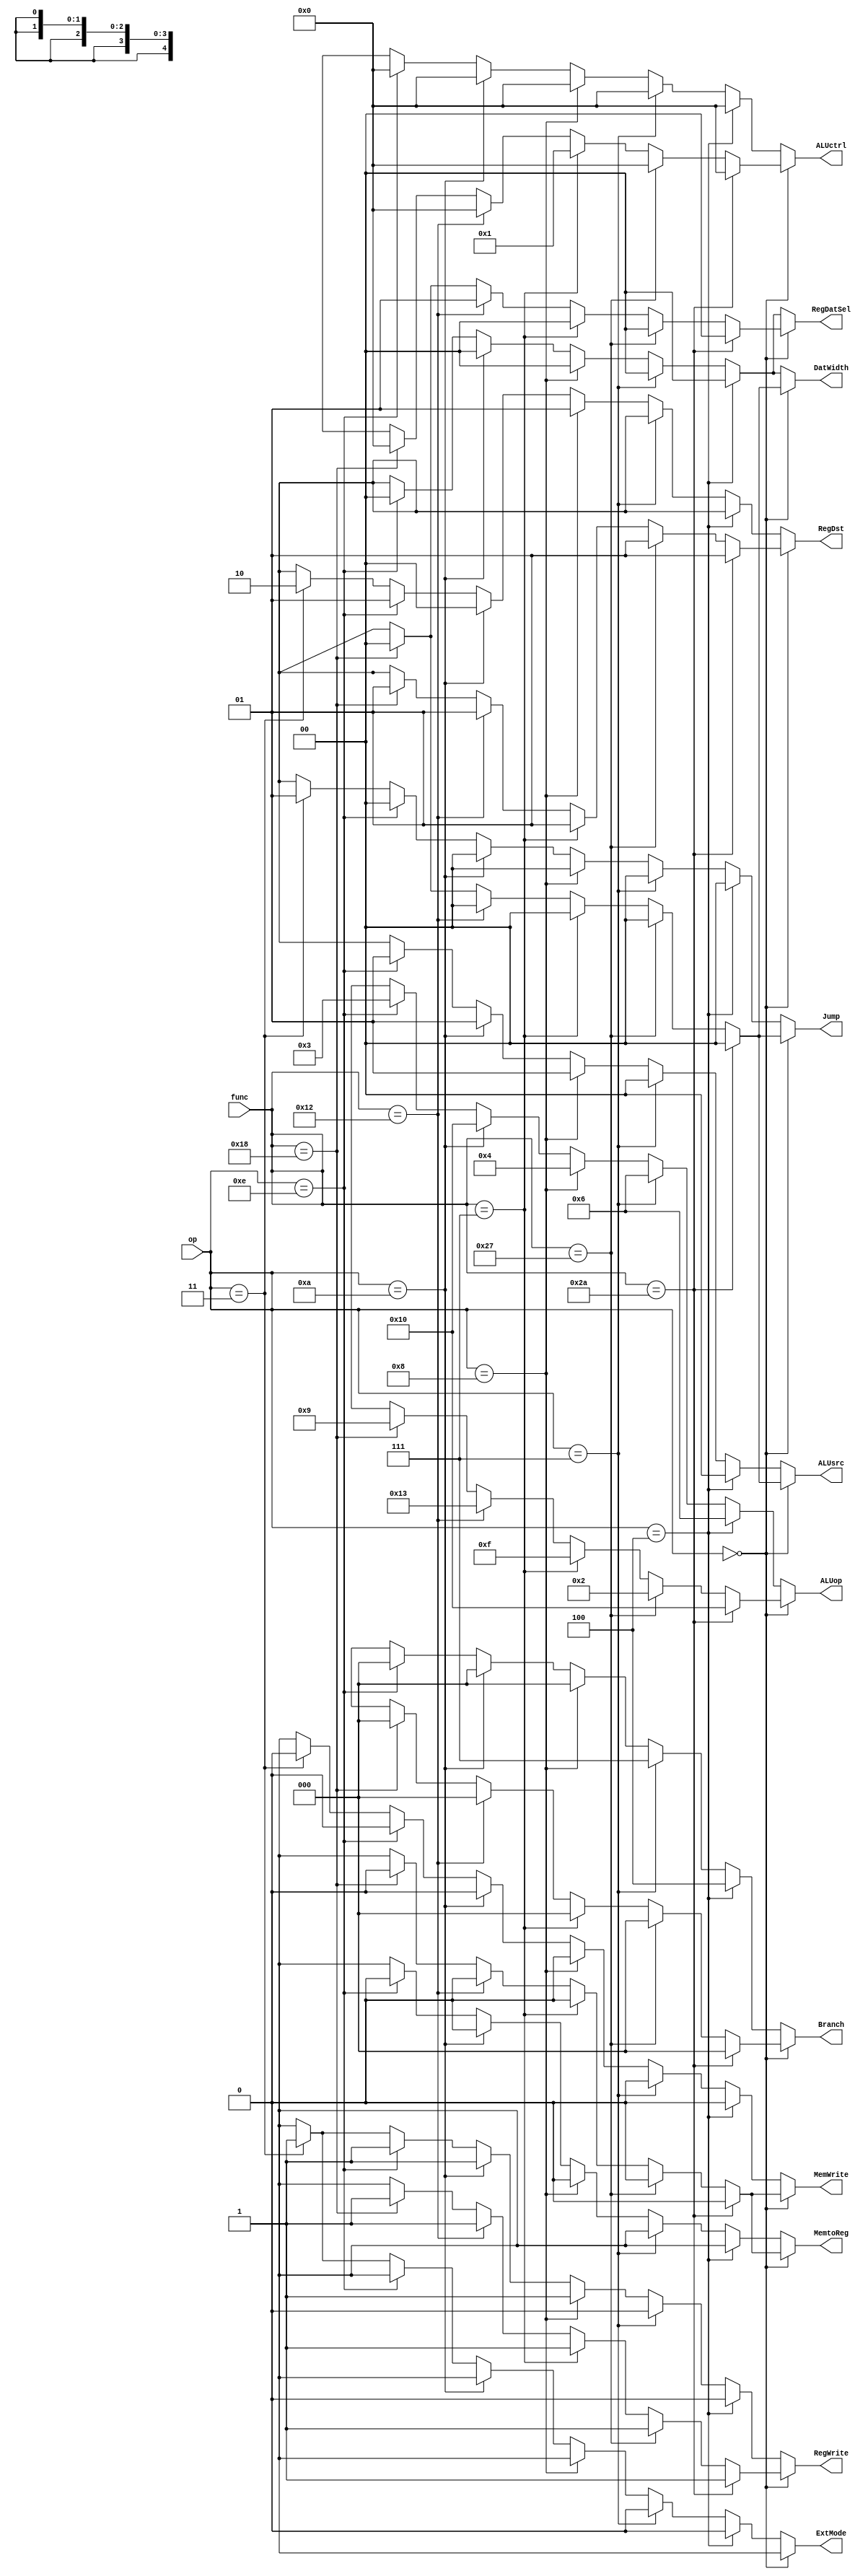
`timescale 1ns / 1ps
//////////////////////////////////////////////////////////////////////////////////
// Company:  KWU
// 
// Module Name:    MyControl 
// Project Name:   Single Cycle Processor
//
// Revision: 
// Additional Comments: 
//
//////////////////////////////////////////////////////////////////////////////////

module MyControl(op,func,RegDst,Jump,Branch,MemtoReg,ALUop,ALUsrc,ALUctrl,MemWrite,DatWidth,RegWrite,RegDatSel,ExtMode);
	input [5:0] op, func;
	output reg MemtoReg, ExtMode, MemWrite, RegWrite;
	output reg [1:0] RegDst, RegDatSel, Jump, DatWidth, ALUsrc;
	output reg [2:0] Branch;
	output reg [4:0] ALUop; 
	output reg [3:0] ALUctrl;

	always@(*) begin
		if(op==6'b000000) begin   // R_TYPE
      if (func==6'b101010) begin    // R-type slt
  			ALUop    = 5'b10000;  
			ALUctrl  = 4'b0000;
			RegDst   = 2'b01;     
			ALUsrc   = 2'b00;
			RegWrite = 1'b1;      
			MemtoReg = 1'b0;    
			MemWrite = 1'b0;      
			DatWidth = 2'b00;
			Jump     = 2'b00;     
			Branch   = 3'b000;    
			RegDatSel= 2'b00;     
			ExtMode  = 1'bx; 
  		end
      else if (func==6'b100111) begin    // R-type nor
  			ALUop    = 5'b00010;  
			ALUctrl  = 4'b0000;
			RegDst   = 2'b01;     
			ALUsrc   = 2'b00;
			RegWrite = 1'b1;     
			MemtoReg = 1'b0;    
			MemWrite = 1'b0;      
			DatWidth = 2'b00;
			Jump     = 2'b00;     
			Branch   = 3'b000;    
			RegDatSel= 2'b00;     
			ExtMode  = 1'bx; 
  		end
		else if (func==6'b000111) begin  	// R-type SRAV
			ALUop    = 5'b01111;  
			ALUctrl  = 4'b0001;
			RegDst   = 2'b01;     
			ALUsrc   = 2'b00;
			RegWrite = 1'b1;     
			MemtoReg = 1'b0;    
			MemWrite = 1'b0;      
			DatWidth = 2'b00;
			Jump     = 2'b00;     
			Branch   = 3'b000;    
			RegDatSel= 2'b00;     
			ExtMode  = 1'bx; 
		end
		else if (func==6'b010010) begin  	// R-type mflo
			ALUop    = 5'b10011;  
			ALUctrl  = 4'b0000;
			RegDst   = 2'b01;     
			ALUsrc   = 2'b00;
			RegWrite = 1'b1;      
			MemtoReg = 1'b0;    
			MemWrite = 1'b0;      
			DatWidth = 2'b00;
			Jump     = 2'b00;     
			Branch   = 3'b000;    
			RegDatSel= 2'b01;     
			ExtMode  = 1'bx; 
		end
		else if (func==6'b011000) begin  	// R-type mult
			ALUop    = 5'b01001;  
			ALUctrl  = 4'b0000;
			RegDst   = 2'b01;     
			ALUsrc   = 2'b00;
			RegWrite = 1'b1;      
			MemtoReg = 1'b0;    
			MemWrite = 1'b0;      
			DatWidth = 2'b00;
			Jump     = 2'b00;     
			Branch   = 3'b000;    
			RegDatSel= 2'b00;     
			ExtMode  = 1'bx; 
		end
      else begin    // UNDEFINED INSTRUCTION. DO NOT MODIFY.
  			ALUop    = 5'bxxxxx; RegDst   = 2'bxx; ALUsrc   = 2'bxx;
  			RegWrite = 1'bx;     MemtoReg = 1'bx;  MemWrite = 1'bx;    
        DatWidth = 2'bxx;    Jump     = 2'bxx; Branch   = 3'bxxx;
        RegDatSel= 2'bxx;    ExtMode  = 1'bx;  ALUctrl  = 4'bxxxx;
  		end
		end
		else if(op==6'b000100) begin // beq
			ALUop    = 5'b00110;
			ALUctrl  = 4'b0000;
			RegDst   = 2'bxx;     
			ALUsrc   = 2'b00;   
			RegWrite = 1'b0;        
			MemtoReg = 1'bx;   
			MemWrite = 1'b0;        
			DatWidth = 2'b00;
			Jump     = 2'b00;       
			Branch   = 3'b100;       
			RegDatSel= 2'b00;       
			ExtMode  = 1'b0; 
		end
		else if(op==6'b000111) begin 		// bgtz
			ALUop    = 5'b00110;  
			ALUctrl  = 4'b0000;
			RegDst   = 2'bxx;     
			ALUsrc   = 2'b00;     	
			RegWrite = 1'b0;        
			MemtoReg = 1'bx;   
			MemWrite = 1'b0;        
			DatWidth = 2'b00;  
			Jump     = 2'b00;       
			Branch   = 3'b111;       
			RegDatSel= 2'b00;       
			ExtMode  = 1'b0; 
		end
		else if(op==6'b001000) begin 		// addi
			ALUop    = 5'b00100;  
			ALUctrl  = 4'b0000; 
			RegDst   = 2'b01;    
			ALUsrc   = 2'b01;     
			RegWrite = 1'b1;        
			MemtoReg = 1'b0;  
			MemWrite = 1'b0;       
			DatWidth = 2'b00; 
			Jump     = 2'b00;      
			Branch   = 3'b000;      
			RegDatSel= 2'b00;      
			ExtMode  = 1'bx; 
		end
		else if(op==6'b001010) begin 		// slti
			ALUop    = 5'b10000;   
			ALUctrl  = 4'b0000;  
			RegDst   = 2'b00;    
			ALUsrc   = 2'b01;     
			RegWrite = 1'b1;       
			MemtoReg = 1'b0;  
			MemWrite = 1'b0;        
			DatWidth = 2'b00; 
			Jump     = 2'b00;       
			Branch   = 3'b000;      
			RegDatSel= 2'b00;       
			ExtMode  = 1'bx; 
		end
		else if(op==6'b001110) begin 		// xori
			ALUop    = 5'b00011;   
			ALUctrl  = 4'b0000; 
			RegDst   = 2'b01;    
			ALUsrc   = 2'b01;     
			RegWrite = 1'b1;       
			MemtoReg = 1'b0;  
			MemWrite = 1'b0;       
			DatWidth = 2'b00;
			Jump     = 2'b00;      
			Branch   = 3'b000;      
			RegDatSel= 2'b00;      
			ExtMode  = 1'bx; 
		end
		else if(op==6'b000011) begin 		// jal
			ALUop    = 5'bxxxxx;  	
			ALUctrl  = 4'bxxxx;
			RegDst   = 2'b10;     
			ALUsrc   = 2'bxx;     		
			RegWrite = 1'b1;   			
			MemtoReg = 1'bx;   
			MemWrite = 1'b0;   			
			DatWidth = 2'bxx;	
			Jump     = 2'b01;     		
			Branch   = 3'bxxx;    
			RegDatSel= 2'bxx; 			
			ExtMode  = 1'b1; 
		end
		else if(op==6'b001000) begin 		// jr
			ALUop    = 5'bxxxxx;  	
			ALUctrl  = 4'bxxxx;	
			RegDst   = 2'bxx;     
			ALUsrc   = 2'bxx;     	
			RegWrite = 1'b0;   			
			MemtoReg = 1'bx;   
			MemWrite = 1'b0;   			
			DatWidth = 2'bxx;	
			Jump     = 2'b10;     		
			Branch   = 3'bxxx;    
			RegDatSel= 2'bxx; 			
			ExtMode  = 1'bx; 
		end
		else begin   // UNDEFINED INSTRUCTION. DO NOT MODIFY.
			ALUop    = 5'bxxxxx; RegDst   = 2'bxx; ALUsrc   = 2'bxx;  
			RegWrite = 1'bx;     MemtoReg = 1'bx;  MemWrite = 1'bx;
      DatWidth = 2'bxx;    Jump     = 2'bxx; Branch   = 3'bxxx;  
			RegDatSel= 2'bxx;    ExtMode  = 1'bx;  ALUctrl  = 4'bxxxx;
		end
	end
endmodule